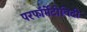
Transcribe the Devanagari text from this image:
परफॉर्मेटीविटी